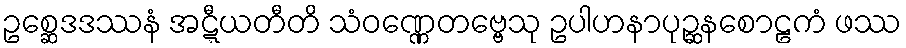
ဥစ္ဆေဒဒဿနံ အဋ္ဋီယတီတိ သံဝဏ္ဏေတဗ္ဗေသု ဥပါဟနာပုဉ္ဆနစောဠကံ ဖဿ